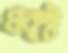
প্রকৃষ্ট